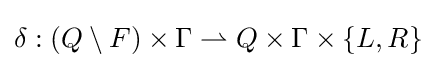
\delta :(Q\setminus F)\times \Gamma \rightharpoonup Q\times \Gamma \times \{L,R\}